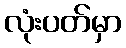
လုံးပတ်မှာ